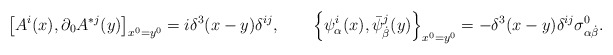
\begin{align*}\left[A^i(x), \partial_0A^{*j}(y)\right]_{x^0=y^0}=i \delta^3(x-y)\delta^{ij}, \qquad \left\{\psi^i_\alpha(x), \bar \psi^{j}_{ \dot \beta}(y)\right\}_{x^0=y^0}=- \delta^3(x-y)\delta^{ij}\sigma^0_{\alpha \dot \beta} .\end{align*}